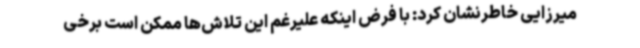
میرزایی خاطرنشان کرد: با فرض اینکه علیرغم این تلاش‌ها ممکن است برخی